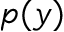
p ( y )